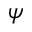
\psi